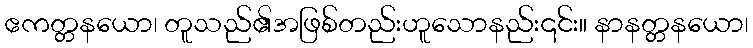
ဧကတ္တနယော၊ တူသည်၏အဖြစ်တည်းဟူသောနည်း၎င်း။ နာနတ္တနယော၊